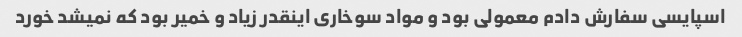
اسپایسی سفارش دادم معمولی بود و مواد سوخاری اینقدر زیاد و خمیر بود که نمیشد خورد